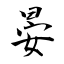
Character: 晏